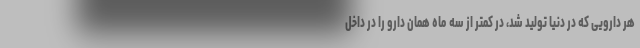
هر دارویی که در دنیا تولید شد، در کمتر از سه ماه همان دارو را در داخل